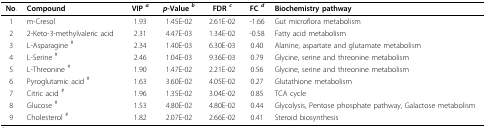
| No. | Compound | VIP a | p-Value b | FDR c | FC d | Biochemistry pathway |
 | --- | --- | --- | --- | --- | --- | --- |
 | 1 | m-Cresol | 1.93 | 1.45E-02 | 2.61E-02 | -1.66 | Gut microflora metabolism |
 | 2 | 2-Keto-3-methylvaleric acid | 2.31 | 4.47E-03 | 1.34E-02 | -0.58 | Fatty acid metabolism |
 | 3 | L-Asparagine # | 2.34 | 1.40E-03 | 6.30E-03 | 0.40 | Alanine, aspartate and glutamate metabolism |
 | 4 | L-Serine # | 2.46 | 1.04E-03 | 9.36E-03 | 0.79 | Glycine, serine and threonine metabolism |
 | 5 | L-Threonine # | 1.90 | 1.47E-02 | 2.21E-02 | 0.56 | Glycine, serine and threonine metabolism |
 | 6 | Pyroglutamic acid # | 1.63 | 3.60E-02 | 4.05E-02 | 0.27 | Glutathione metabolism |
 | 7 | Citric acid # | 1.96 | 1.35E-02 | 3.04E-02 | 0.85 | TCA cycle |
 | 8 | Glucose # | 1.53 | 4.80E-02 | 4.80E-02 | 0.44 | Glycolysis, Pentose phosphate pathway, Galactose metabolism |
 | 9 | Cholesterol # | 1.82 | 2.07E-02 | 2.66E-02 | 0.41 | Steroid biosynthesis |